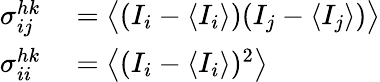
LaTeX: \begin{array}{rl}{\sigma_{ij}^{hk}}&{{}=\big\langle(I_{i}-\langle I_{i}\rangle)(I_{j}-\langle I_{j}\rangle)\big\rangle}\\ {\sigma_{ii}^{hk}}&{{}=\big\langle(I_{i}-\langle I_{i}\rangle)^{2}\big\rangle}\end{array}